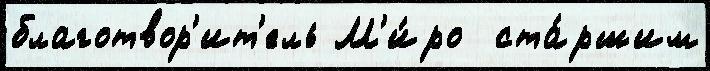
благотвор'ит'ель М'и́ро  ста́ршим